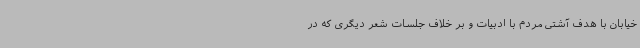
خیابان با هدف آشتی مردم با ادبیات و بر خلاف جلسات شعر دیگری که در